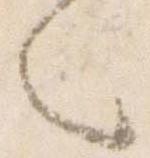
々